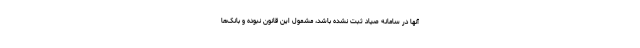
آنها در سامانه صیاد ثبت نشده باشد، مشمول این قانون نبوده و بانک‌ها